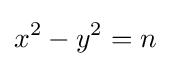
x^{2}-y^{2}=n